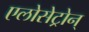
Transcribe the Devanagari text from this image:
एलोसेट्रोन्